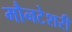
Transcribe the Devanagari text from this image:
मौनटेशरी